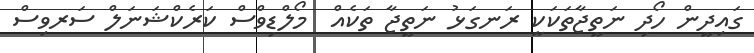
ގައިދީން ހޯދި ނަތީޖާތަކަކީ ރަނގަޅު ނަތީޖާ ތަކެއް  މޯލްޑިވްސް ކަރެކްޝަނަލް ސަރވިސް